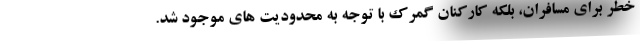
خطر برای مسافران، بلکه کارکنان گمرک با توجه به محدودیت های موجود شد.